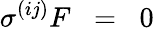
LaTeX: \sigma^{(ij)}F\; \; =\; \; 0